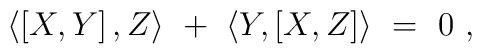
\langle \left[ X,Y\right], Z\rangle \ + \ \langle Y,\left[  X,Z\right]\rangle \ = \ 0 \ ,